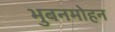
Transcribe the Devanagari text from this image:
भुबनमोहन